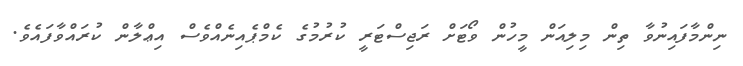
ނިންމާފައިނުވާ ތިން މިލިއަން މީހުން ވޯޓަށް ރަޖިސްޓަރީ ކުރުމުގެ ކެމްޕެއިނެއްވެސް އިޢްލާން ކުރައްވާފައެވެ.